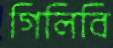
গিলিবি